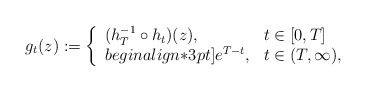
\begin{align*}g_t(z) := \left\{\begin{array}{lll}(h_{T}^{-1} \circ h_t)(z), & t \in [0, T]\\begin{align*}3pt]e^{T -t}, & t \in (T, \infty),\end{array}\right.\end{align*}